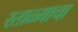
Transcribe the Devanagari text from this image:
रताळ्याचा